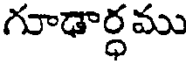
గూఢార్ధము